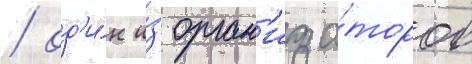
/ од'и́н и́з орган'иза́торов